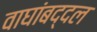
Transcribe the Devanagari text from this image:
वाघांबद्दल